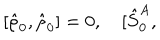
\lbrack \hat { \rho } _ { 0 } , \hat { \rho } _ { 0 } ] = { 0 } , \quad \lbrack \hat { S } _ { 0 } ^ { A } ,